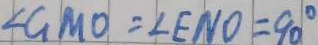
\angle G M O = \angle E N O = 9 0 ^ { \circ }